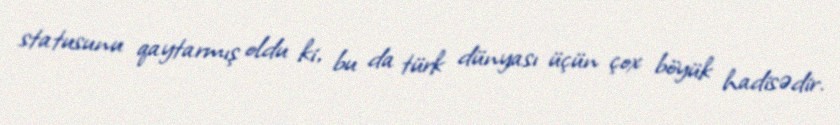
statusunu qaytarmış oldu ki, bu da türk dünyası üçün çox böyük hadisədir.